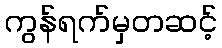
ကွန်ရက်မှတဆင့်